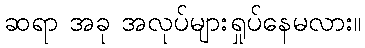
ဆရာ အခု အလုပ်များရှုပ်နေမလား။